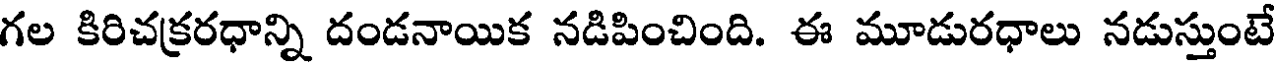
గల కిరిచక్రరధాన్ని దండనాయిక నడిపించింది. ఈ మూడురధాలు నడుస్తుంటే